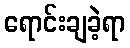
ရောင်းချခဲ့ရာ